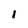
Character: 1